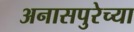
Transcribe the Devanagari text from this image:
अनासपुरेच्या